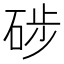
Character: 𥒼